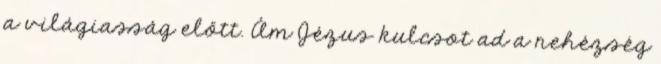
a világiasság előtt. Ám Jézus kulcsot ad a nehézség